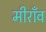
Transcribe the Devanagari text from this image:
मीराँव